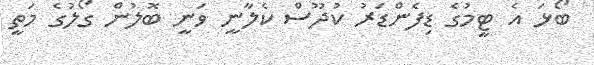
ބޯޅަ އެ ޓީމުގެ ޑިފެންޑަރު ކުދޫސް ކެލާނީ ވަނީ ބޮލުން ގޯލުގެ މަތީ